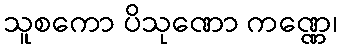
သူစကော ပိသုဏော ကဏ္ဏေ၊